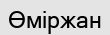
Өміржан